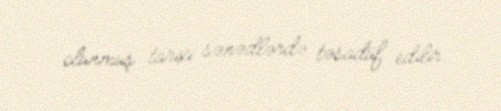
olunmuş tarixi sənədlərdə təsadüf edilir.